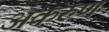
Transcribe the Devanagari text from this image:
अकरुण